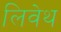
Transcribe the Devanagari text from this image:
लिवेथ